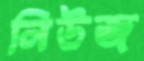
নিউজ